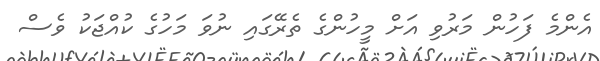
އެންމެ ފަހުން މަރުވި އަށް މީހުންގެ ތެރޭގައި ނުވަ މަހުގެ ކުއްޖަކު ވެސް